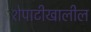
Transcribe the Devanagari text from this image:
शेपाटीखालील